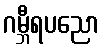
ဂမ္ဘီရပညော